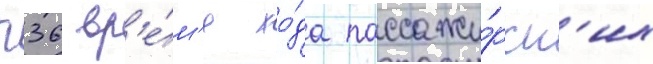
п36 вр'е́м'я хо́да пассажи́рск'их